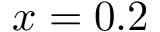
x = 0 . 2